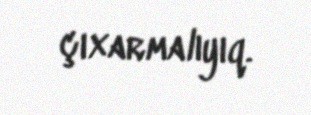
çıxarmalıyıq.